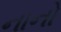
નાનો